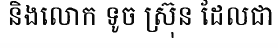
និងលោក ទូច ស្រ៊ុន ដែលជា